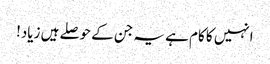
انہیں کا کام ہے یہ جن کے حوصلے ہیں زیاد!